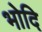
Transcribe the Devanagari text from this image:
भोदि